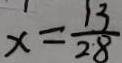
x = \frac { 1 3 } { 2 8 }